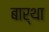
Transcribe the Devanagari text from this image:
बार्था